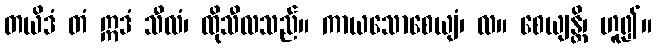
တယိဒံ တံ ဣဒံ သီလံ၊ ထိုသီလသည်။ ကာယသောစေယျံ၊ လ။ စေယျန္တိ၊ ဟူ၍။